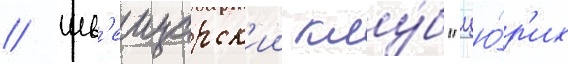
// Шв'еицарск'ии клу́б "цю́р'их